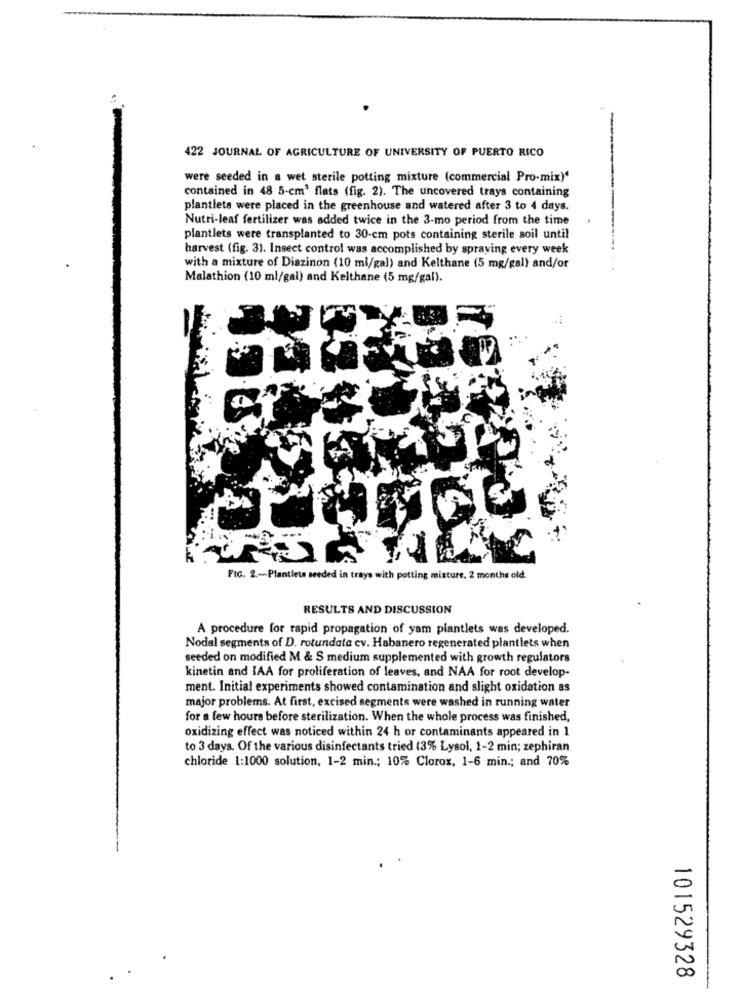
:
422 JOURNAL OF AGRICULTURE OF UNIVERSITY OF PUERTO RICO
were seeded in a wet sterile potting mixture (commercial Pro-mix)"
contained in 48 5-cm' flats (fig. 2). The uncovered trays containing
plantlets were placed in the greenhouse and watered after 3 to 4 days.
Nutri-leaf fertilizer was added twice in the 3-mo period from the time
plantlets were transplanted to 30-cm pots containing sterile soil until
harvest (fig. 31. Insect control was accomplished by spraying every week
with a mixture of Diazinon (10 ml/gal) and Kelthane (5 mg/gal) and/or
Malathion (10 ml/gal) and Kelthane (5 mg/gal).
FIG. 2 .- Plantlets seeded in trays with potting misture, 2 months old.
RESULTS AND DISCUSSION
A procedure for rapid propagation of yam plantlets was developed.
Nodal segments of D. rotundata cv. Habanero regenerated plantlets when
seeded on modified M & S medium supplemented with growth regulators
kinetin and IAA for proliferation of leaves, and NAA for root develop-
ment. Initial experiments showed contamination and slight oxidation as
major problems. At first, excised segments were washed in running water
for a few hours before sterilization. When the whole process was finished,
oxidizing effect was noticed within 24 h or contaminants appeared in 1
to 3 days. Of the various disinfectants tried (3% Lysol, 1-2 min; zephiran
chloride 1:1000 solution, 1-2 min .; 10% Clorox, 1-6 min .; and 70%
101529328